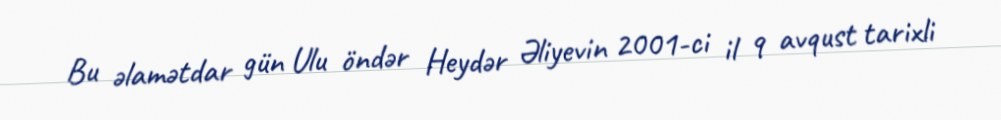
Bu əlamətdar gün Ulu öndər Heydər Əliyevin 2001-ci il 9 avqust tarixli